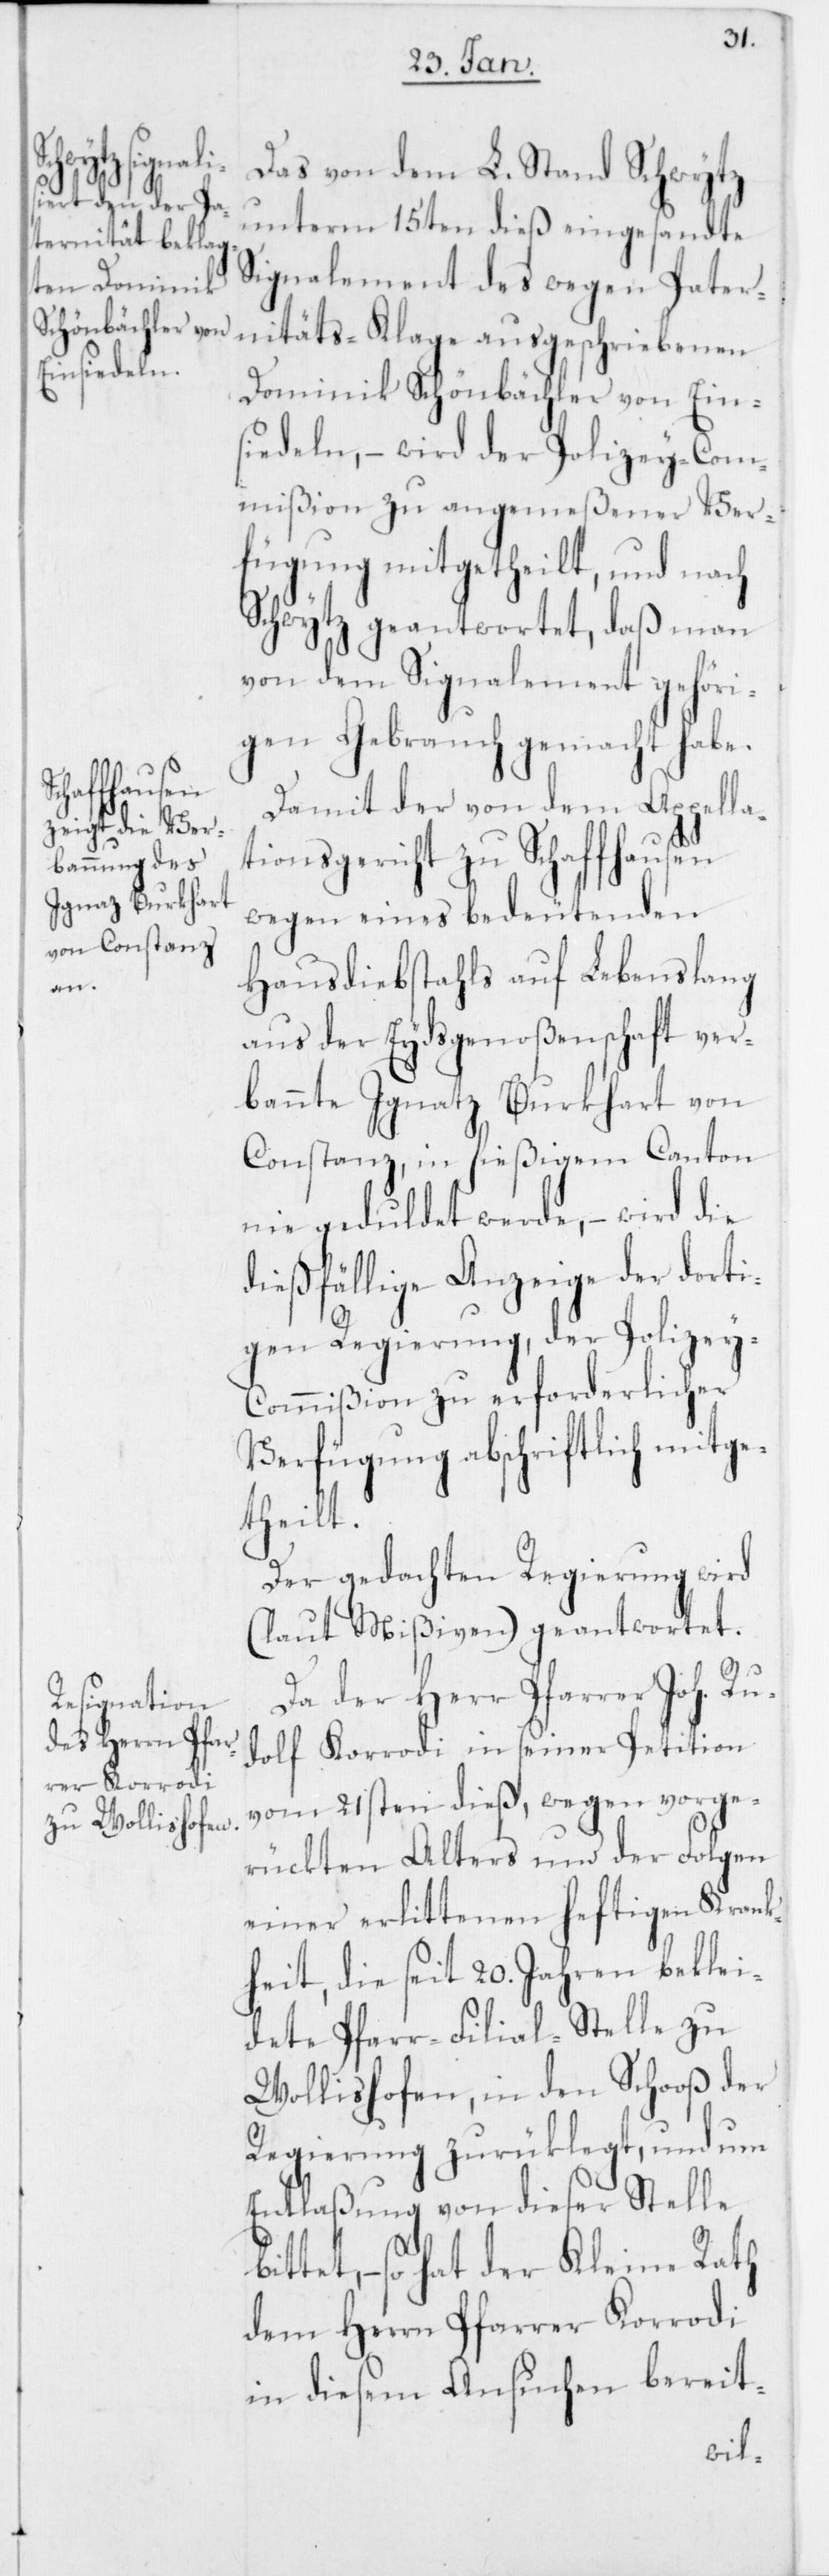
Das von dem L. Stand Schwytz
unterm 15ten dieß eingesandte
Signalement des wegen Pater¬
nitäts-Klage ausgeschriebenen
Dominik Schönbächler von Ein¬
siedeln, – wird der Polizey-Com¬
mißion zu angemeßener Ver¬
fügung mitgetheilt, und nach
Schwytz geantwortet, daß man
von dem Signalement gehöri¬
gen Gebrauch gemacht habe.
Damit der von dem Appella¬
tionsgericht zu Schaffhausen
wegen eines bedeutenden
Hausdiebstahls auf Lebenslang
aus der Eydsgenoßenschaft ver¬
bannte Ignaz Burkhart von
Constanz, in hießigem Canton
nie geduldet werde, – wird die
dießfällige Anzeige der dorti¬
gen Regierung, der Polize¬
y-Commißion zu erforderlicher
Verfügung abschriftlich mitge¬
theilt.
Der gedachten Regierung wird
(laut Mißiven) geantwortet.
Da der Herr Pfarrer Joh. R¬
udolf Korrodi in seiner Petition
vom 21sten dieß, wegen vorge¬
rückten Alters und der Folgen
einer erlittenen heftigen Krank¬
heit, die seit 20. Jahren beklei¬
dete Pfarr-Filial-Stelle zu
Wollishofen, in den Schooß der
Regierung zurüklegt, und um
Entlaßung von dieser Stelle
bittet, – so hat der Kleine Rath
dem Herrn Pfarrer Korrodi
in diesem Ansuchen bereit-